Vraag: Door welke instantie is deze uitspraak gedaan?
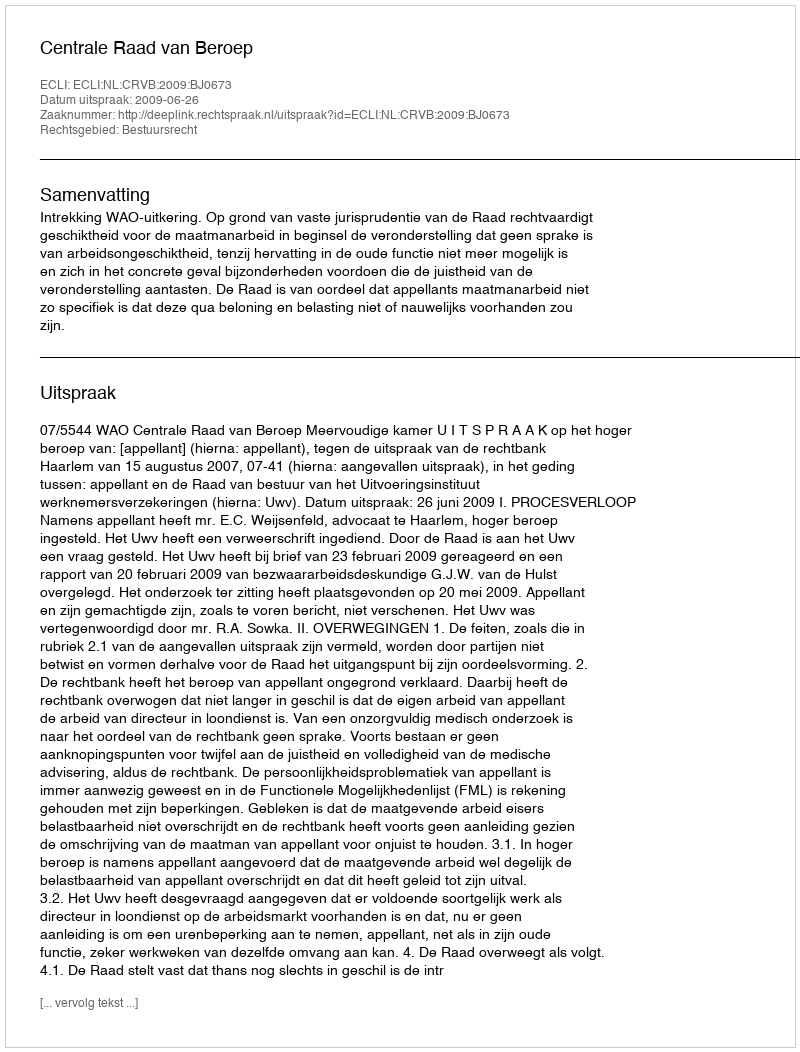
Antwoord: Centrale Raad van Beroep